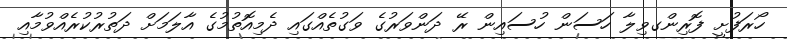
ހޯރަފުށީ ފޮރިންގވިލާ ހަސަން ހުސައިން ރޭ ދަންވަރުގެ ވަގުތެއްގައި ދެމިއޮތުމުގެ އާލަމަށް ދަތުރުކުރެއްވުމާއި